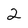
Character: 2